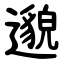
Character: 邈